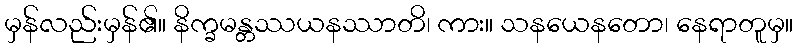
မှန်လည်းမှန်၏။ နိက္ခမန္တဿယနဿာတိ၊ ကား။ သနယေနတော၊ နေရာတူမှ။